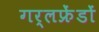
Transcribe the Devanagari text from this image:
गर्लफ्रेंडों